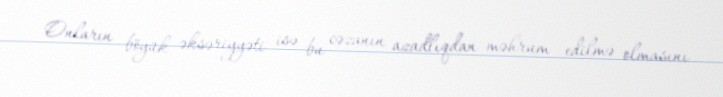
Onların böyük əksəriyyəti isə bu cəzanın azadlıqdan məhrum edilmə olmasını